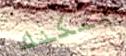
يمكنك